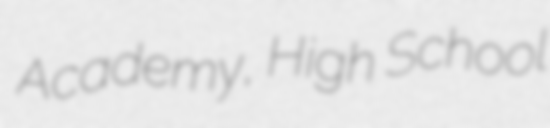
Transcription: Academy, High School